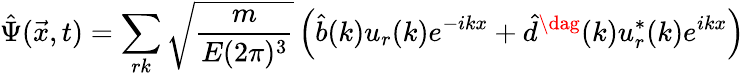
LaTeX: \hat{\Psi}(\vec{x},t)=\sum_{rk}\sqrt{\frac{m}{E(2\pi)^{3}}}\left(\hat{b}(k)u_{r}(k)e^{-ikx}+\hat{d}^{\dag}(k)u_{r}^{*}(k)e^{ikx}\right)